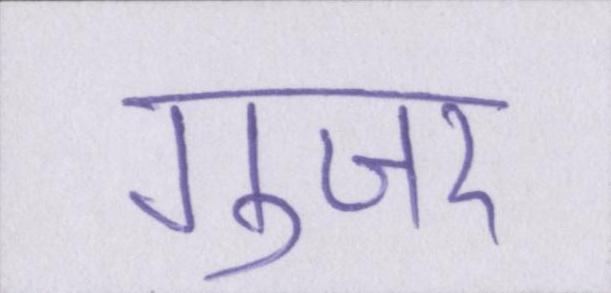
गुजर